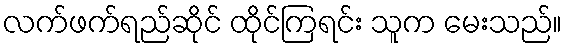
လက်ဖက်ရည်ဆိုင် ထိုင်ကြရင်း သူက မေးသည်။